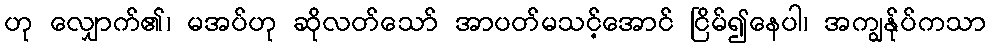
ဟု လျှောက်၏၊ မအပ်ဟု ဆိုလတ်သော် အာပတ်မသင့်အောင် ငြိမ်၍နေပါ၊ အကျွန်ုပ်ကသာ